Civil Veterinary Department Bengal reports 1933-51 - 1933-1951
Year: 1933
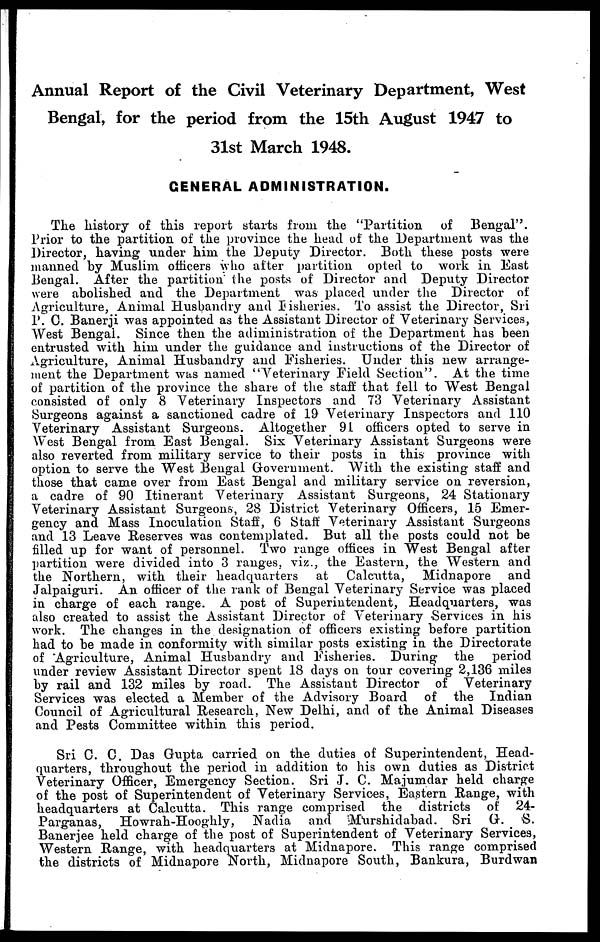
Annual Report of the Civil Veterinary Department, West
Bengal, for the period from the 15th August 1947 to
31st March 1948.
GENERAL ADMINISTRATION.
The history of this report starts from the "Partition
of
Bengal".
Prior to the partition of the province the head of the Department was the
Director, having under him the Deputy Director. Both these posts were
manned by Muslim officers who after partition opted to work in East
Bengal. After the partition the posts of Director and Deputy Director
were abolished and the Department was placed under the Director of
Agriculture, Animal Husbandry and Fisheries. To assist the Director, Sri
P. C. Banerji was appointed as the Assistant Director of Veterinary Services,
West Bengal. Since then the administration of the Department has been
entrusted with him under the guidance and instructions of the Director of
Agriculture, Animal Husbandry and Fisheries. Under this new arrange-
ment the Department was named "Veterinary Field Section". At the time
of partition of the province the share of the staff that fell to West Bengal
consisted of only 8 Veterinary Inspectors and 73 Veterinary Assistant
Surgeons against a sanctioned cadre of 19 Veterinary Inspectors and 110
Veterinary Assistant Surgeons. Altogether 91 officers opted to serve in
West Bengal from East Bengal. Six Veterinary Assistant Surgeons were
also reverted from military service to their posts in this province with
option to serve the West Bengal Government. With the existing staff and
those that came over from East Bengal and military service on reversion,
a cadre of 90 Itinerant Veterinary Assistant Surgeons, 24 Stationary
Veterinary Assistant Surgeons, 28 District Veterinary Officers, 15 Emer-
gency and Mass Inoculation Staff, 6 Staff Veterinary Assistant Surgeons
and 13 Leave Reserves was contemplated. But all the posts could not be
filled up for want of personnel. Two range offices in West Bengal after
partition were divided into 3 ranges, viz., the Eastern, the Western and
the Northern, with their headquarters
at Calcutta, Midnapore and
Jalpaiguri. An officer of the rank of Bengal Veterinary Service was placed
in charge of each range. A post of Superintendent, Headquarters, was
also created to assist the Assistant Director of Veterinary Services in his
work. The changes in the designation of officers existing before partition
had to be made in conformity with similar posts existing in the Directorate
of Agriculture, Animal Husbandry and Fisheries. During the
period
under review Assistant Director spent 18 days on tour covering 2,136 miles
by rail and 132 miles by road. The Assistant Director of Veterinary
Services was elected a Member of the Advisory Board of the Indian
Council of Agricultural Research, New Delhi, and of the Animal Diseases
and Pests Committee within this period.
Sri C. C. Das Gupta carried on the duties of Superintendent, Head-
quarters, throughout the period in addition to his own duties as District
Veterinary Officer, Emergency Section. Sri J. C. Majumdar held charge
of the post of Superintendent of Veterinary Services, Eastern Range, with
headquarters at Calcutta. This range comprised the districts of 24-
Parganas, Howrah-Hooghly,
Nadia and Murshidabad. Sri G.
S.
Banerjee held charge of the post of Superintendent of Veterinary Services,
Western Range, with headquarters at Midnapore. This range comprised
the districts of Midnapore North, Midnapore South, Bankura, Burdwan